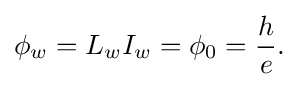
\phi _{w}=L_{w}I_{w}=\phi _{0}={\frac {h}{e}}.\